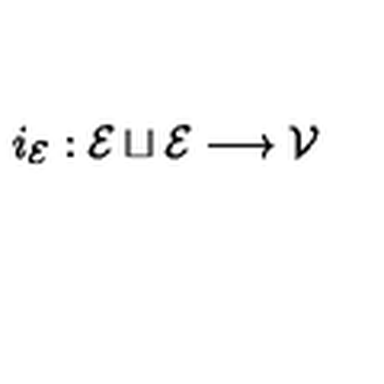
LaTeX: i _ { \mathcal { E } } : \mathcal { E } \sqcup \mathcal { E } \longrightarrow \mathcal { V }